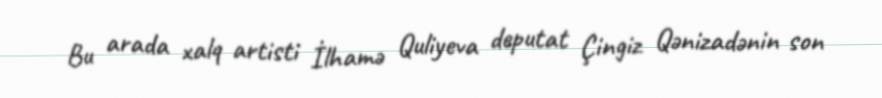
Bu arada xalq artisti İlhamə Quliyeva deputat Çingiz Qənizadənin son